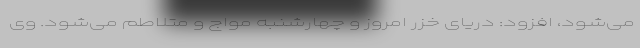
می‌شود، افزود: دریای خزر امروز و چهارشنبه مواج و متلاطم می‌شود. وی